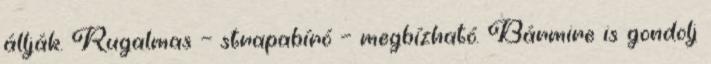
állják. Rugalmas — strapabíró — megbízható. Bármire is gondolj